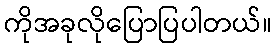
ကိုအခုလိုပြောပြပါတယ်။